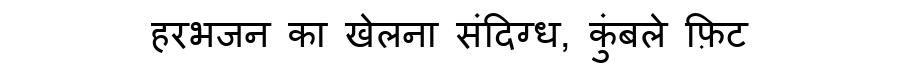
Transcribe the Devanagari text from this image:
हरभजन का खेलना संदिग्ध, कुंबले फ़िट